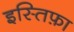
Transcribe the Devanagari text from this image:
इस्तिफ़ा